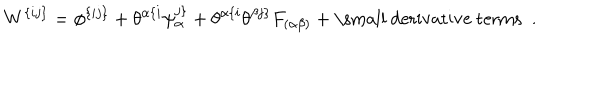
W ^ { \{ i j \} } = \phi ^ { \{ i j \} } + \theta ^ { \alpha \{ i } \psi _ { \alpha } ^ { j \} } + \theta ^ { \alpha \{ i } \theta ^ { \beta j \} } F _ { ( \alpha \beta ) } + \mathrm { \small ~ d e r i v a t i v e ~ t e r m s ~ } \; .